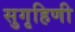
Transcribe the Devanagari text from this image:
सुगृहिणी